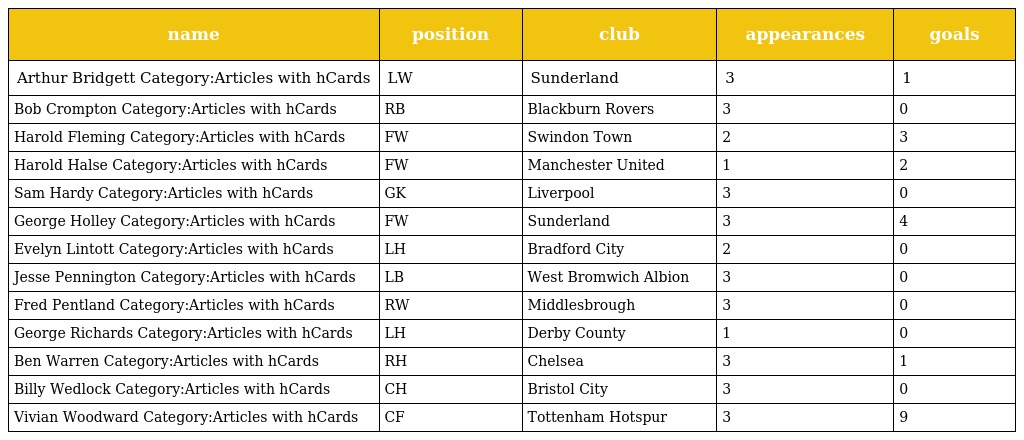
| name | position | club | appearances | goals |
 | --- | --- | --- | --- | --- |
 | Arthur Bridgett Category:Articles with hCards | LW | Sunderland | 3 | 1 |
 | Bob Crompton Category:Articles with hCards | RB | Blackburn Rovers | 3 | 0 |
 | Harold Fleming Category:Articles with hCards | FW | Swindon Town | 2 | 3 |
 | Harold Halse Category:Articles with hCards | FW | Manchester United | 1 | 2 |
 | Sam Hardy Category:Articles with hCards | GK | Liverpool | 3 | 0 |
 | George Holley Category:Articles with hCards | FW | Sunderland | 3 | 4 |
 | Evelyn Lintott Category:Articles with hCards | LH | Bradford City | 2 | 0 |
 | Jesse Pennington Category:Articles with hCards | LB | West Bromwich Albion | 3 | 0 |
 | Fred Pentland Category:Articles with hCards | RW | Middlesbrough | 3 | 0 |
 | George Richards Category:Articles with hCards | LH | Derby County | 1 | 0 |
 | Ben Warren Category:Articles with hCards | RH | Chelsea | 3 | 1 |
 | Billy Wedlock Category:Articles with hCards | CH | Bristol City | 3 | 0 |
 | Vivian Woodward Category:Articles with hCards | CF | Tottenham Hotspur | 3 | 9 |